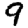
Digit: 9